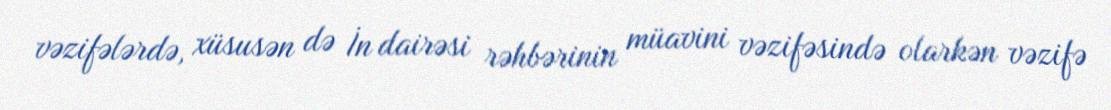
vəzifələrdə, xüsusən də İn dairəsi rəhbərinin müavini vəzifəsində olarkən vəzifə